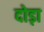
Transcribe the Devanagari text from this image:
दोड़ा